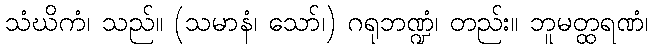
သံဃိကံ၊ သည်။ (သမာနံ၊ သော်၊) ဂရုဘဏ္ဍံ၊ တည်း။ ဘူမတ္ထရဏံ၊